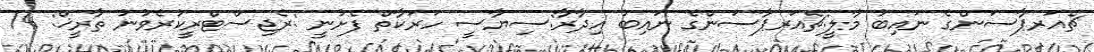
ޗެއަރޕާސަންގެ ނައިބު މާލީ:ޗެއަރޕާސަންގެ ނައިބު އިދާރާ:ސިޔާސީ ހަރަކާތް ފެށުނީ :ރެޖިސްޓްރީކުރެވުނު ތާރީޚް: 14